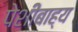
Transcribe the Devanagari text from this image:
पेशीबाह्य